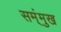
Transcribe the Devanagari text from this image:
सम्ंमुख